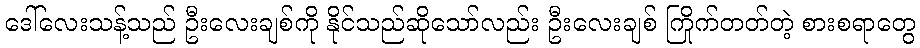
ဒေါ်လေးသန့်သည် ဦးလေးချစ်ကို နိုင်သည်ဆိုသော်လည်း ဦးလေးချစ် ကြိုက်တတ်တဲ့ စားစရာတွေ